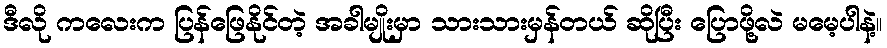
ဒီလို ကလေးက ပြန်ဖြေနိုင်တဲ့ အခါမျိုးမှာ သားသားမှန်တယ် ဆိုပြီး ပြောဖို့လဲ မမေ့ပါနဲ့။